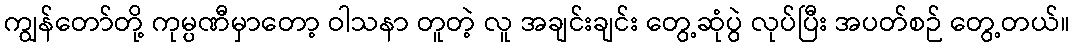
ကျွန်တော်တို့ ကုမ္ပဏီမှာတော့ ဝါသနာ တူတဲ့ လူ အချင်းချင်း တွေ့ဆုံပွဲ လုပ်ပြီး အပတ်စဉ် တွေ့တယ်။